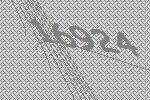
16924